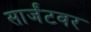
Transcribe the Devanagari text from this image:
सार्जंटवर